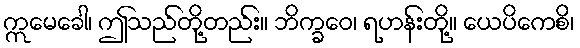
ဣမေခေါ၊ ဤသည်တို့တည်း။ ဘိက္ခဝေ၊ ရဟန်းတို့။ ယေပိကေစိ၊